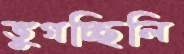
ভুগচ্ছিলি